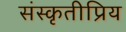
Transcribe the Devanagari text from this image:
संस्कृतीप्रिय